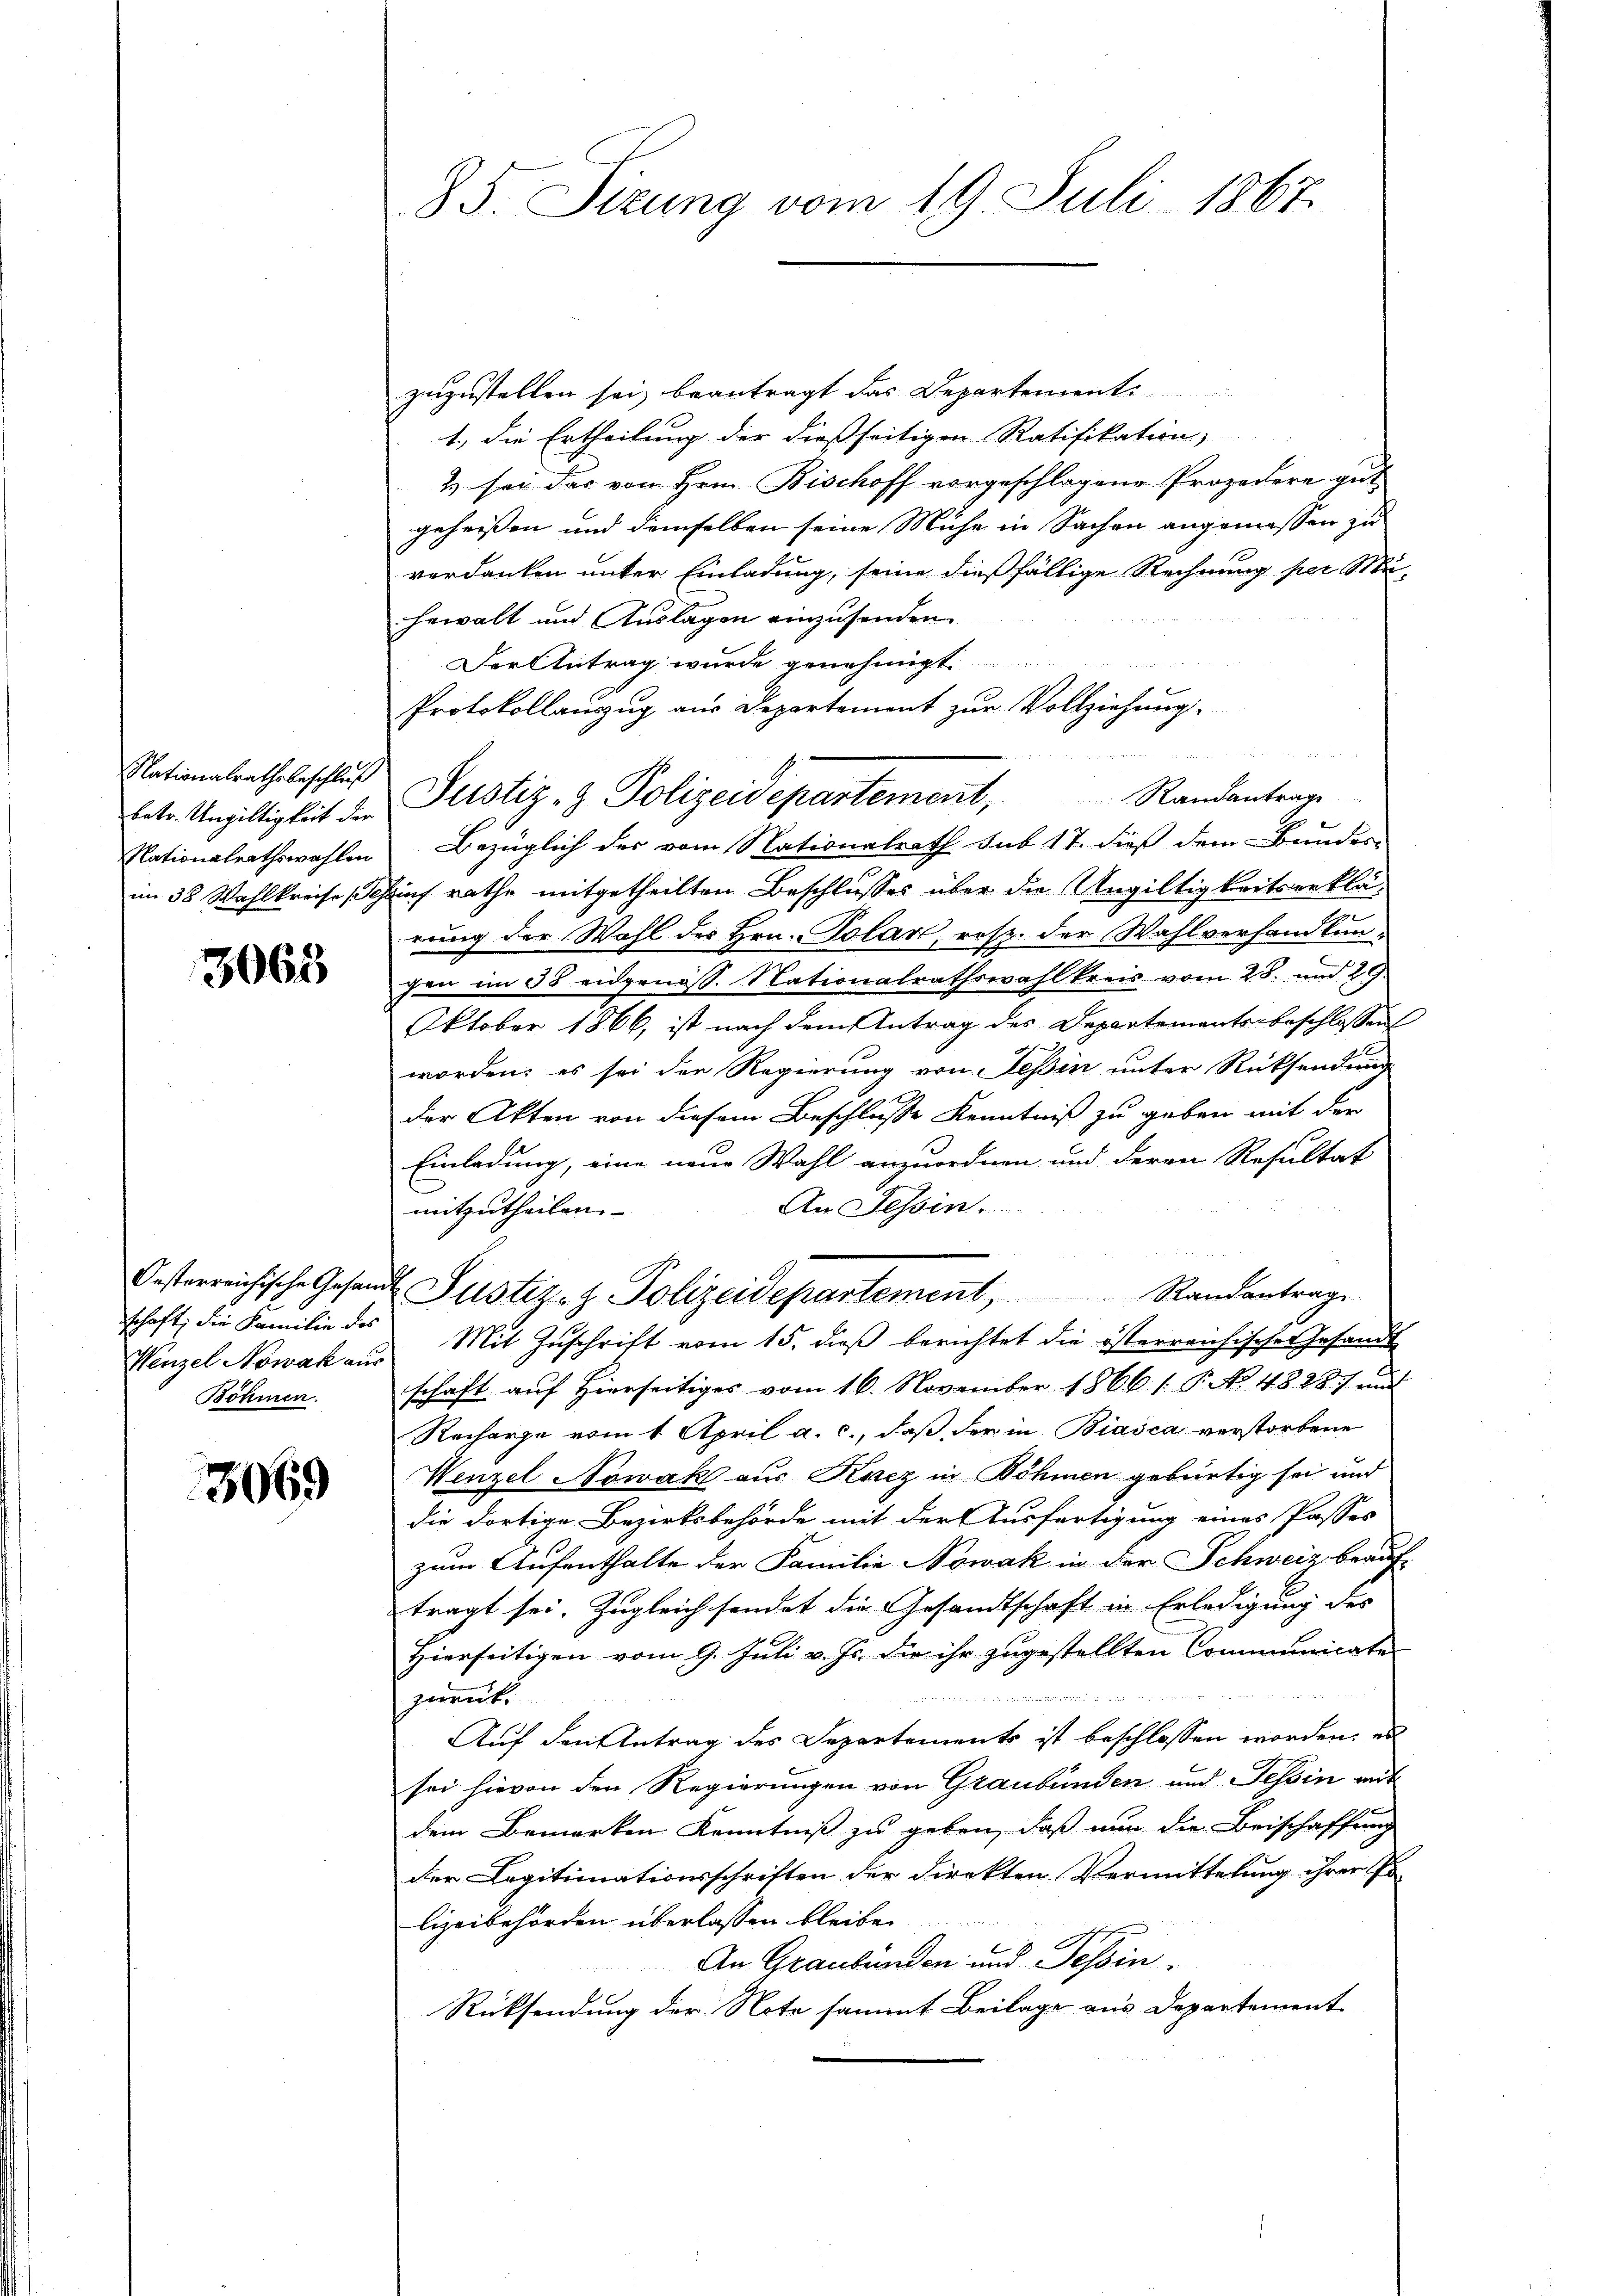
Nationalrathsbeschluß
im 38 Wahlkreise (

3063

schaft; die Familie des
Böhmen.

3069

85. Sirung vom 19. Juli 1867.

zuzustellen sei, beantragt das Departement
1., die Ertheilung der dießseitigen Ratifikation,
2 sei das von Hrn. Bischoff vorgeschlagene Prozedere gut
geheißen und demselben seine Mühe in Sachen angemessen zu
verdanken unter Einladung, seine dießfällige Rechnung per Mu-
hewalt und Auslagen einzusenden.
u
Der Antrag wurde genehmigt
Protokollauszug aus Departement zur Vollziehung.

Ertr. Ungültigkeit der Justiz- & Polizeidepartement, Randantrage
Nationalrathswahlen Bezüglich der vom Nationalrath sub 17. dieß dem Bundes-
cheint rathe mitgetheilten Beschlusses über die Ungültigkeitserklärung der Wahl des Hrn. Polar, resp. der Wahlverhandlungen im 38 eidgenöss. Nationalrathswahlkreis vom 28. und 29.
Oktober 1866, ist nach dem Antrag des Departements beschlossen
worden; es sei der Regierung von Tessin unter Rücksendung
der Akten von diesem Beschlusse Kenntniß zu geben mit der
Einladung, eine neue Wahl anzuordnen und deren Resultat
An Tessin.
mitzutheilen.
Oesterreichische Gesandt Justiz- H. Polizeidepartement, Randantrage
Wenzel Nowak aus Mit Zuschrift vom 15. dieß berichtet die österreichische Gesandt
schaft auf Hierseitiges vom 16. November 1866 / P. No. 4828) mit
Recharge vom 1. April a. c., daß der in Biasca verstorbene
Wenzel Nowak aus Kacz in Böhmen gebürtig sei und
die dortige Bezirksbehörde mit der Ausfertigung eines Passes
zum Aufenthalte der Familie Nowak in der Schweiz beauf-
tragt sei. Zugleich sendet die Gesandtschaft in Erledigung des
Hierseitigen vom 9. Juli v. Js. die ihr zugestellten Communicate

zurück
Auf den Antrag des Departements ist beschlossen worden, es
sei hievon den Regierungen von Graubünden und Tessin mit
dem Bemerken Kenntniß zu geben, daß nun die Beischaffung
der Legitimationsschriften der Direkten Vermittelung ihrer Po
lizeibehörden überlassen bleibe.
An Graubünden und Tessin.
Rücksendung der Note sammt Beilage aus Departement